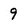
Character: 9